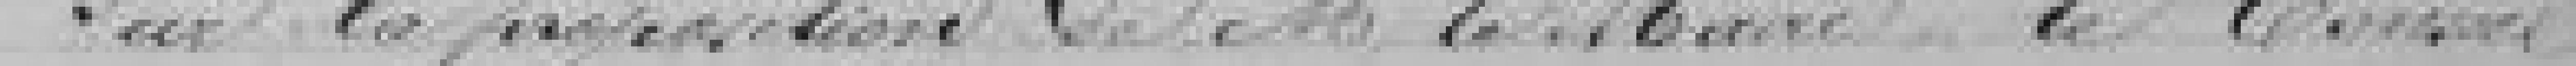
Sur la Proposition de Monsieur le Maire , le Conseil